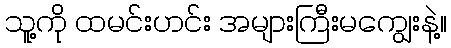
သူ့ကို ထမင်းဟင်း အများကြီးမကျွေးနဲ့။